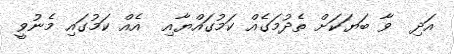
އަދި  ވާ ބަޔަކަށް ތެދުމަގެއް ކަމުގައްޔާއި  އެއް ކަމުގައި މެނުވީ